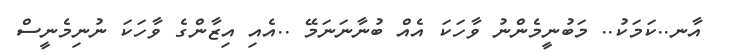
އާނ..ކަމަކު.. މަބުނީމެންނު ވާހަކަ އެއް ބުނާނަނަމޭ ..އެއި އިޒާންގެ ވާހަކަ ނުނިމެނީސް